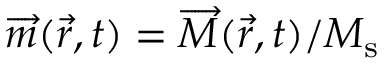
\overrightarrow { m } ( \vec { r } , t ) = \overrightarrow { M } ( \vec { r } , t ) / M _ { \mathrm { s } }